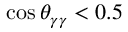
\cos \theta _ { \gamma \gamma } < 0 . 5